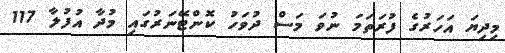
މިދިޔަ އަހަރުގެ ފުރަތަމަ ނުވަ މަސް ދުވަހު ކޮންޓޭނަރުގައި މުދާ އުފުލާ 117